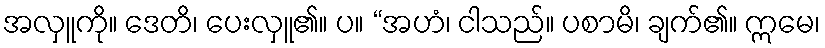
အလှူကို။ ဒေတိ၊ ပေးလှူ၏။ ပ။ “အဟံ၊ ငါသည်။ ပစာမိ၊ ချက်၏။ ဣမေ၊